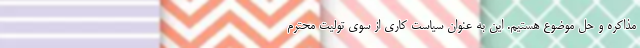
مذاکره و حل موضوع هستیم. این به عنوان سیاست کاری از سوی تولیت محترم